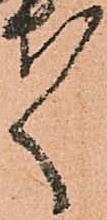
々